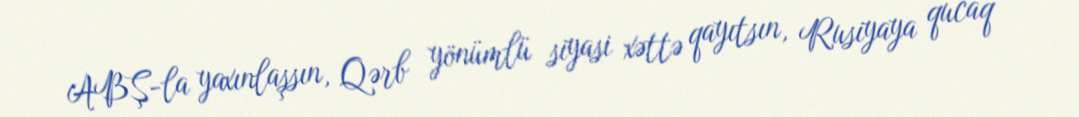
ABŞ-la yaxınlaşsın, Qərb yönümlü siyasi xəttə qayıtsın, Rusiyaya qucaq